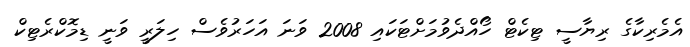
އެމެރިކާގެ ރިޔާސީ ޓިކެޓް ހޯއްދެވުމަށްޓަކައި 2008 ވަނަ އަހަރުވެސް ހިލަރީ ވަނީ ޑިމޮކްރެޓިކް